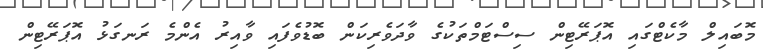
މޮބައިލް މާކެޓްގައި އޮޕަރޭޓިން ސިސްޓަމްތަކުގެ ވާދަވެރިކަން ބޮޑުވެފައި ވާއިރު އެންމެ ރަނގަޅު އޮޕަރޭޓިން